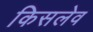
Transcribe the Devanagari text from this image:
किसलेव